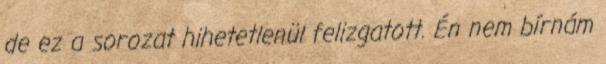
de ez a sorozat hihetetlenül felizgatott. Én nem bírnám